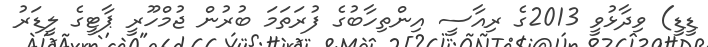
ޑީޑީ) ވިދާޅުވީ 2013ގެ ރިއާސީ އިންތިހާބުގެ ފުރަތަމަ ބުރުން ޖުމްހޫރީ ޕާޓީގެ ލީޑަރު